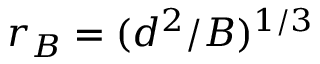
r _ { B } = ( d ^ { 2 } / B ) ^ { 1 / 3 }